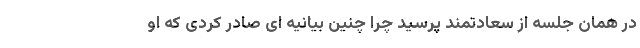
در همان جلسه از سعادتمند پرسید چرا چنین بیانیه ای صادر کردی که او